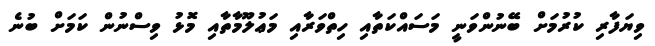
ވިޔަފާރި ކުރުމަށް ބޭނުންވަނީ މަސައްކަތާއި ހިތްވަރާއި މަޢުލޫމާތާއި މޮޅު ވިސްނުން ކަމަށް ބުނެ